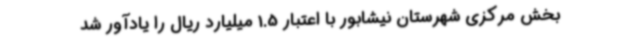
بخش مرکزی شهرستان نیشابور با اعتبار 1.5 میلیارد ریال را یادآور شد